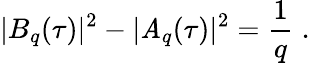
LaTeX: |B_{q}(\tau)|^{2}-|\mathit{A}_{q}(\tau)|^{2}={\frac{{1}}{{q}}}\; .